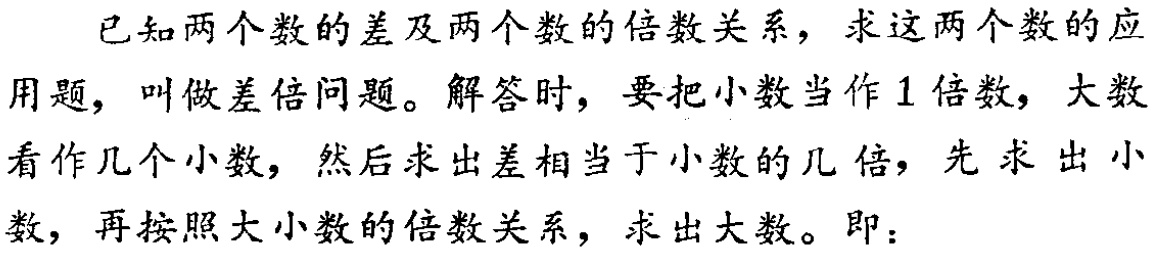
已知两个数的差及两个数的倍数关系，求这两个数的应用题，叫做差倍问题。解答时，要把小数当作1倍数，大数看作几个小数，然后求出差相当于小数的几倍，先求出小数，再按照大小数的倍数关系，求出大数。即：